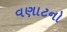
વણાટનો